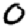
Digit: 0